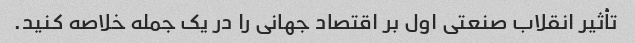
تأثیر انقلاب صنعتی اول بر اقتصاد جهانی را در یک جمله خلاصه کنید.